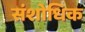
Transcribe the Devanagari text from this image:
संशोधिक